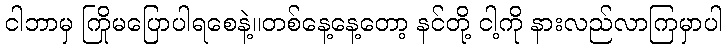
ငါဘာမှ ကြိုမပြောပါရစေနဲ့။တစ်နေ့နေ့တော့ နင်တို့ ငါ့ကို နားလည်လာကြမှာပါ